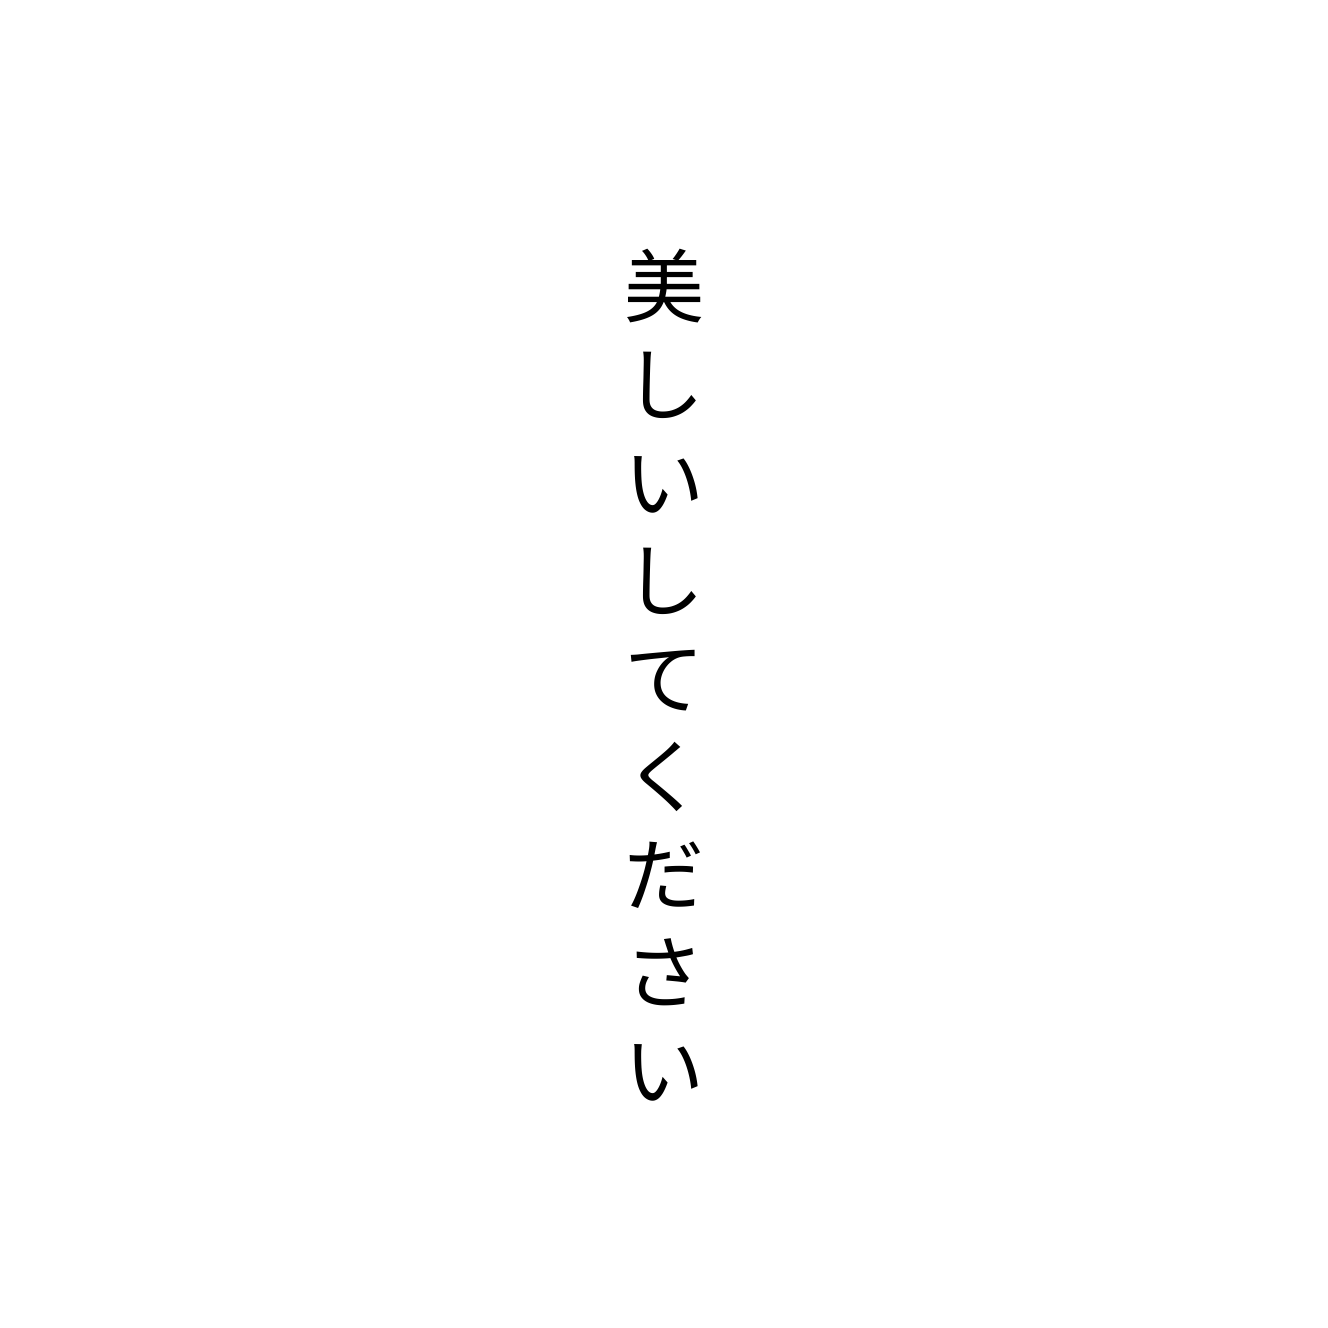
美しいしてください